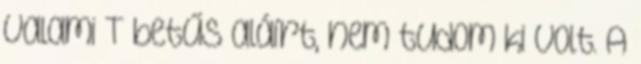
valami T betűs aláírt, nem tudom ki volt. A